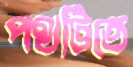
পথটিতে